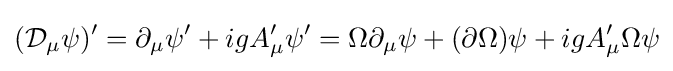
({\mathcal {D}}_{\mu }\psi )'=\partial _{\mu }\psi '+igA_{\mu }'\psi '=\Omega \partial _{\mu }\psi +(\partial \Omega )\psi +igA_{\mu }'\Omega \psi